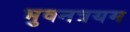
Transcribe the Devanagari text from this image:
भुवनत्रयम